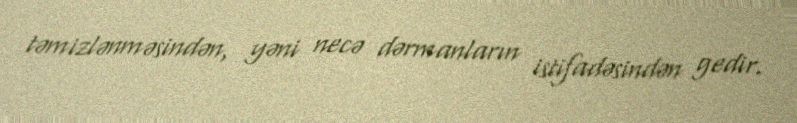
təmizlənməsindən, yəni necə dərmanların istifadəsindən gedir.